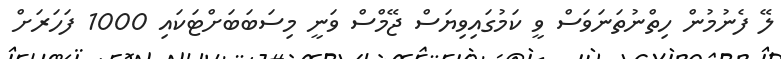
ލޭ ފެނުމުން ހިތްނުތަނަވަސް ވީ ކަމުގައިވިޔަސް ޖޭމްސް ވަނީ މިސަބަބަށްޓަކައި 1000 ފަހަރަށް